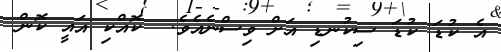
އެ ކުޑަ ކުޑަ ސިކުނޑި އަށް ވިސްނެއެވެ.  ކޮއްކި އައީ ކޮން